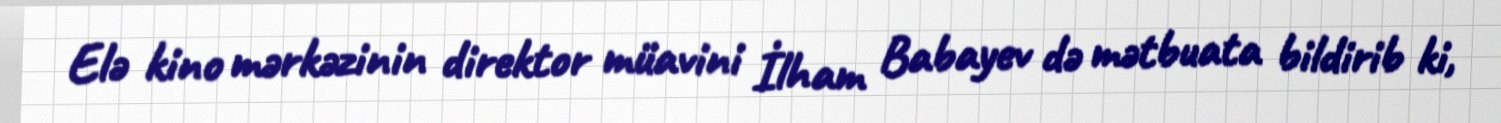
Elə kino mərkəzinin direktor müavini İlham Babayev də mətbuata bildirib ki,